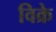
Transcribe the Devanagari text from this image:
विक्रे